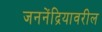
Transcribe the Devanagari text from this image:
जननेंद्रियावरील